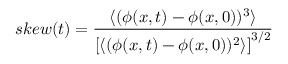
s k e w ( t ) = \frac { \langle ( \phi ( x , t ) - \phi ( x , 0 ) ) ^ { 3 } \rangle } { \left[ \langle ( \phi ( x , t ) - \phi ( x , 0 ) ) ^ { 2 } \rangle \right] ^ { 3 / 2 } }